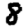
Digit: 8